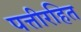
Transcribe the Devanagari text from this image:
पत्तीरहित